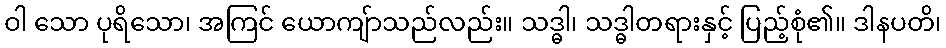
ဝါ သော ပုရိသော၊ အကြင် ယောကျ်ာသည်လည်း။ သဒ္ဓါ၊ သဒ္ဓါတရားနှင့် ပြည့်စုံ၏။ ဒါနပတိ၊